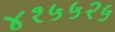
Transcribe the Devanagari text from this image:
४१५५२५